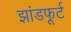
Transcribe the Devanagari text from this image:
झांडफूर्ट